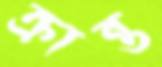
ক্রান্ত